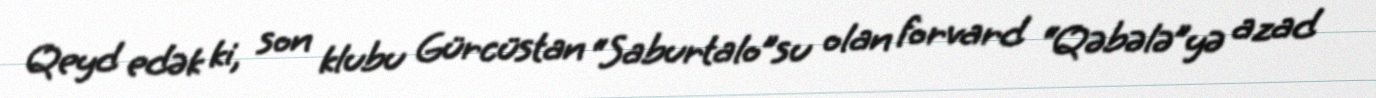
Qeyd edək ki, son klubu Gürcüstan “Saburtalo”su olan forvard “Qəbələ”yə azad